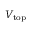
V _ { \mathrm { t o p } }